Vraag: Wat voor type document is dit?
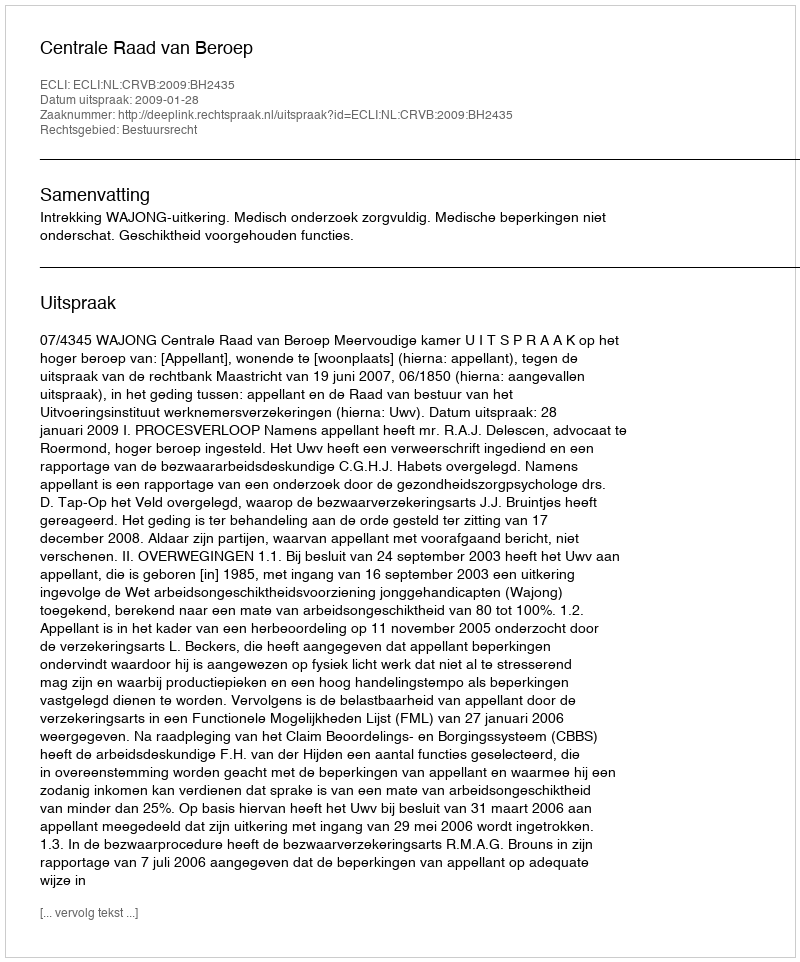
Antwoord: Uitspraak